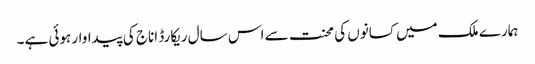
ہمارے ملک میں کسانوں کی محنت سے اس سال ریکارڈ اناج کی پیداوار ہوئی ہے۔